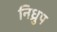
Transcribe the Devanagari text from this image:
निध्रुप